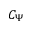
C _ { \Psi }